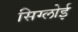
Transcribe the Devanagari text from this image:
सिग्लोई